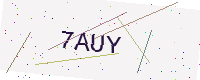
Text: 7AUY